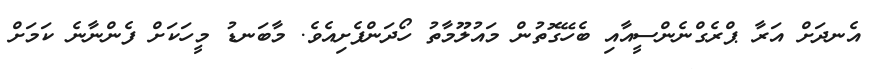
އެނދަށް އަރާ ޕްރެގްނެންސީއާއި ބެހޭގޮތުން މައުލޫމާތު ހޯދަންފެށިއެވެ. މާބަނޑު މީހަކަށް ފެންނާނެ ކަމަށް